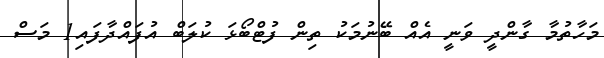
މަހާތުމާ ގާންދީ ވަނީ އެއް ބޭނުމަކު ތިން ފުޓްބޯޅަ ކުލަބް އުފައްދާފައި1 މަސް